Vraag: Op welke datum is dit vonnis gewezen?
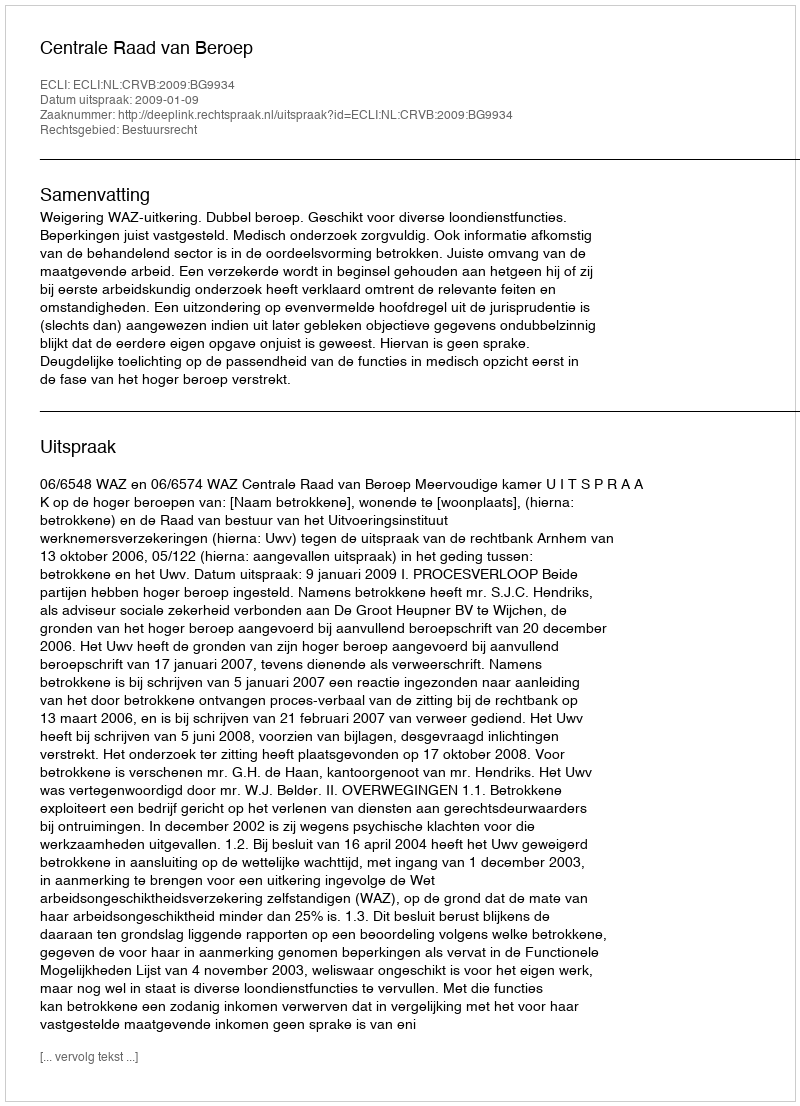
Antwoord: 2009-01-09